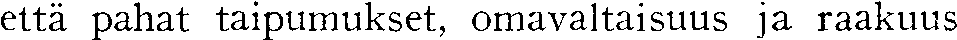
että pahat taipumukset, omavaltaisuus ja raakuus